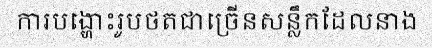
ការបង្ហោះរូបថតជាច្រើនសន្លឹកដែលនាង